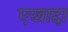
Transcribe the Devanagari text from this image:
एखाद्दा